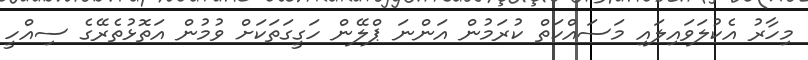
މިހާރު އެކުލަވައިލައި މަސައްކަތް ކުރަމުން އަންނަ ޕްލޭން ހަގީގަތަކަށް ވުމުން އަތޮޅުތެރޭގެ ސިއްހީ